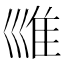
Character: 𡿾